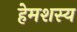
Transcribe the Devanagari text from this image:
हेमशस्य